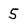
Character: 5